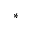
^ *